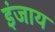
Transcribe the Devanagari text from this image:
इंजाय